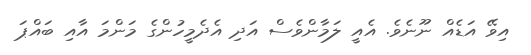
އިވޭ އަޑެއް ނޫނެވެ. އެއީ ލަމާންވެސް އަދި އެދެމީހުންގެ މަންމަ އާއި ބައްޕަ